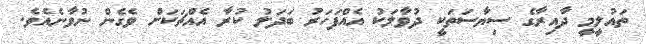
ތައުލީމީ ދާއިރާގެ ސިޔާސަތަކީ ދުވާލަކު އެއްފަހަރަު ބަދަލު ކުރާ އެއްޗަކަށް ވެގެން ނުވާނެއެވެ.